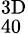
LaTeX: ^{3\mathrm{D}}_{40}